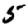
Digit: 5